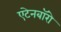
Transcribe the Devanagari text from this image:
एटेनबॉरो